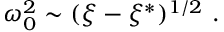
\omega _ { 0 } ^ { 2 } \sim ( \xi - \xi ^ { * } ) ^ { 1 / 2 } \ .